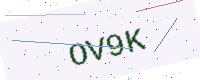
Text: OV9K